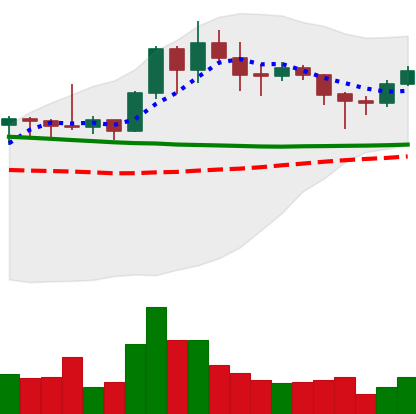
Ticker: XMR-USD
Chart end date: 2020-01-27
Forward return: 11.821%
Label: up_7plus